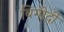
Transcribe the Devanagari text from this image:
बिगोर्दी